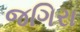
જગિરા